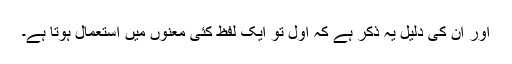
اور ان کی دلیل یہ ذکر ہے کہ اول تو ایک لفظ کئی معنوں میں استعمال ہوتا ہے۔